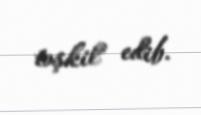
təşkil edib.